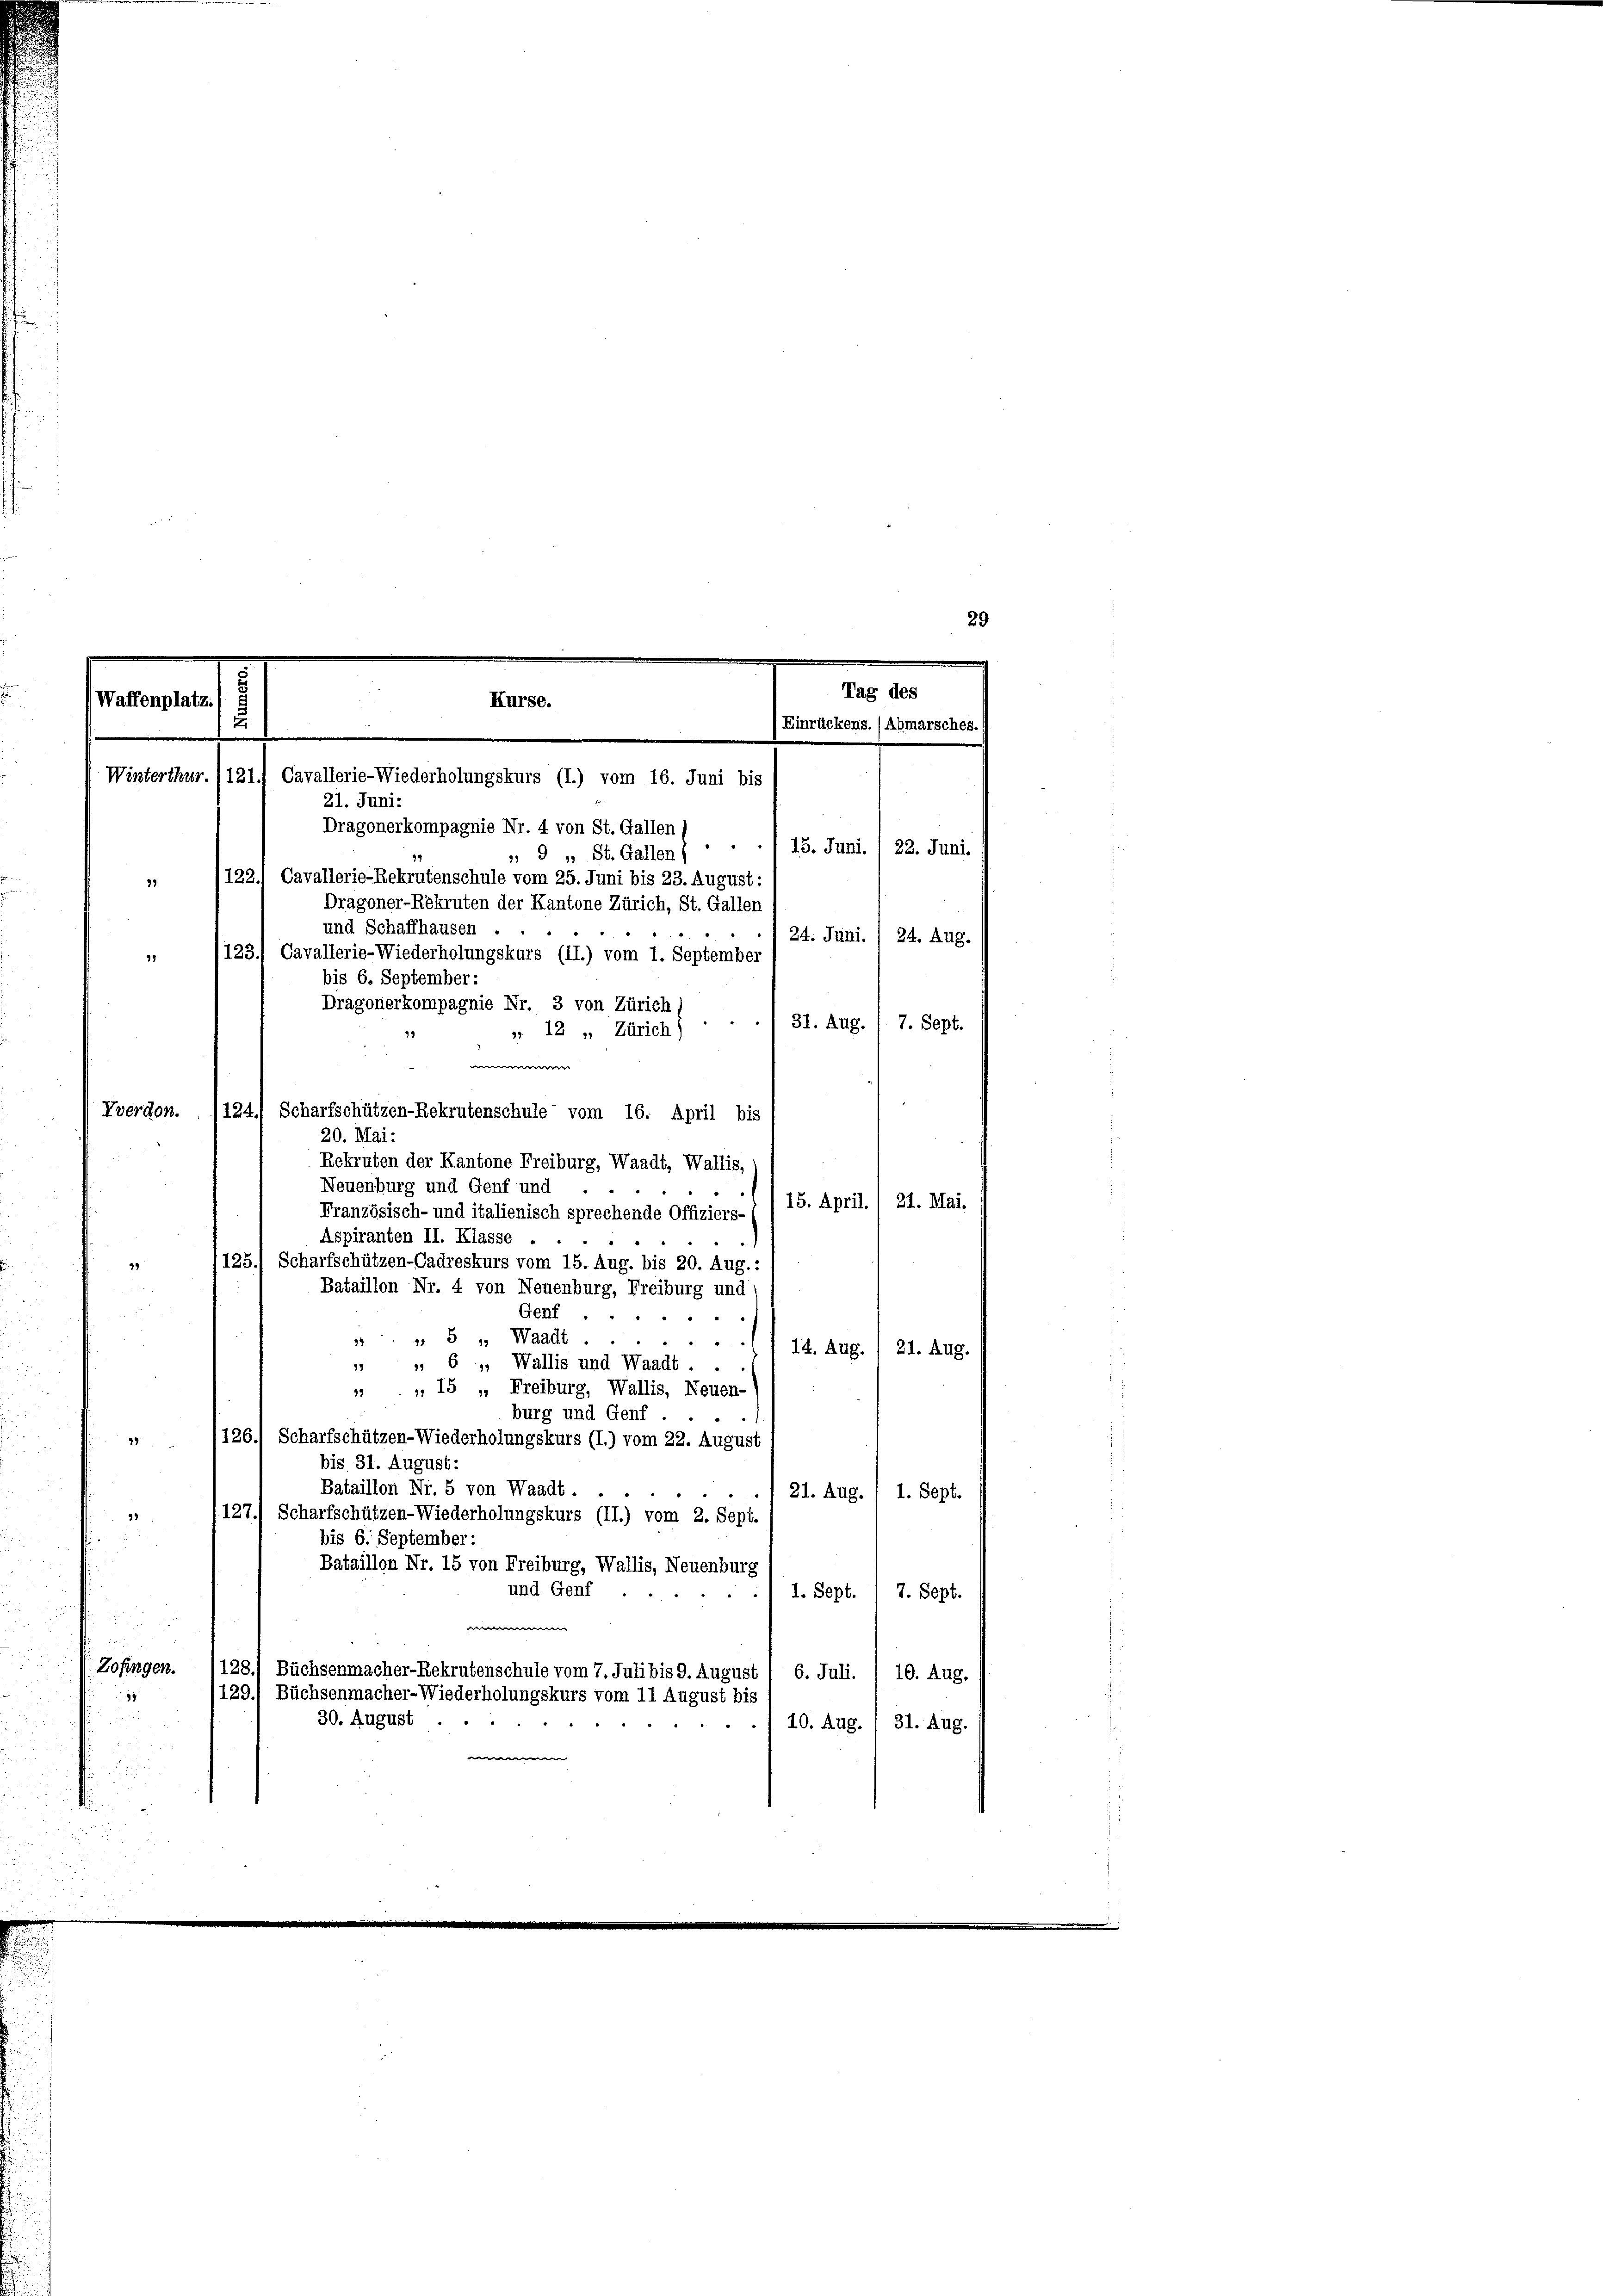
Tag des
Waffenplatz
Kurse.
u
Einrückens. (Abmarsches.)
Winterthur. /121.) Cavallerie-Wiederholungskurs (I.) vom 16. Juni bis
21. Juni:
Dragonerkompagnie Nr. 4 von St. Gallen
15. Juni. / 22. Juni.

29

und Schaffhausen

9 " St. Gallen)
 12 „ Zürich)
20. Mai:
Rekruten der Kantone Freiburg, Waadt, Wallis,
Neuenburg und Genf und
15. April. 1 21. Mai.
Französisch- und italienisch sprechende Offiziers-
Aspiranten II. Klasse .
125.) Scharfschützen-Cadreskurs vom 15. Aug. bis 20. Aug.:
99
Bataillon Nr. 4 von Neuenburg, Freiburg und
2
u
Genf
» 5 " Waadt
94
d
14. Aug. / 21. Aug.
 6 „ Wallis und Waadt . .
19
 „ 15 " Freiburg, Wallis, Neuen-
burg und Genf
126.) Scharfschützen-Wiederholungskurs (I.) vom 22. August
188
bis 31. August.
Bataillon Nr. 5 von Waadt . .
21. Aug. : 1. Sept.
127.) Scharfschützen-Wiederholungskurs (II.) vom 2. Sept.
53
bis 6. September:
Bataillon Nr. 15 von Freiburg, Wallis, Neuenburg
und Genf
1. Sept. 1 7. Sept.
w
Zofingen.
128
Büchsenmacher-Rekrutenschule vom 7. Juli bis 9. August ( 6. Juli. / 10. Aug.
129.
Büchsenmacher-Wiederholungskurs vom 11 August bis
30. August .
10. Aug. / 31. Aug.
e

122.) Cavallerie-Rekrutenschule vom 25. Juni bis 23. August.
Dragoner-Rekruten der Kantone Zürich, St. Gallen
123.) Cavallerie-Wiederholungskurs (II.) vom 1. September
bis 6. September:
Dragonerkompagnie Nr. 3 von Zürich

Vverdon. (124.) Scharfschützen-Rekrutenschule vom 16. April bis

24. Juni. / 24. Aug.

31. Aug. / 7. Sept.